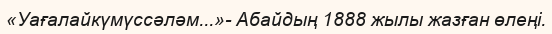
«Уағалайкүмүссәләм...»- Абайдың 1888 жылы жазған өлеңі.